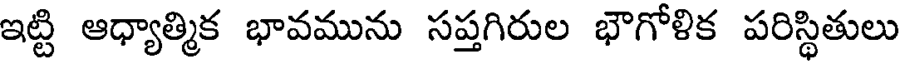
ఇట్టి ఆధ్యాత్మిక భావమును సప్తగిరుల భౌగోళిక పరిస్థితులు